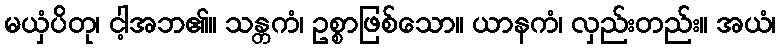
မယှံပိတု၊ ငါ့အဘ၏။ သန္တကံ၊ ဥစ္စာဖြစ်သော။ ယာနကံ၊ လှည်းတည်း။ အယံ၊